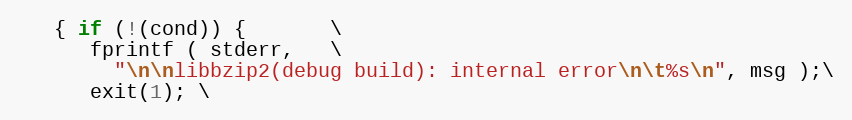
Language: C
   { if (!(cond)) {       \
      fprintf ( stderr,   \
        "\n\nlibbzip2(debug build): internal error\n\t%s\n", msg );\
      exit(1); \